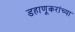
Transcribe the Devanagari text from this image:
डहाणूकरांच्या